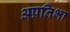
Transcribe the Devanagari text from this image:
अप्रतिभा